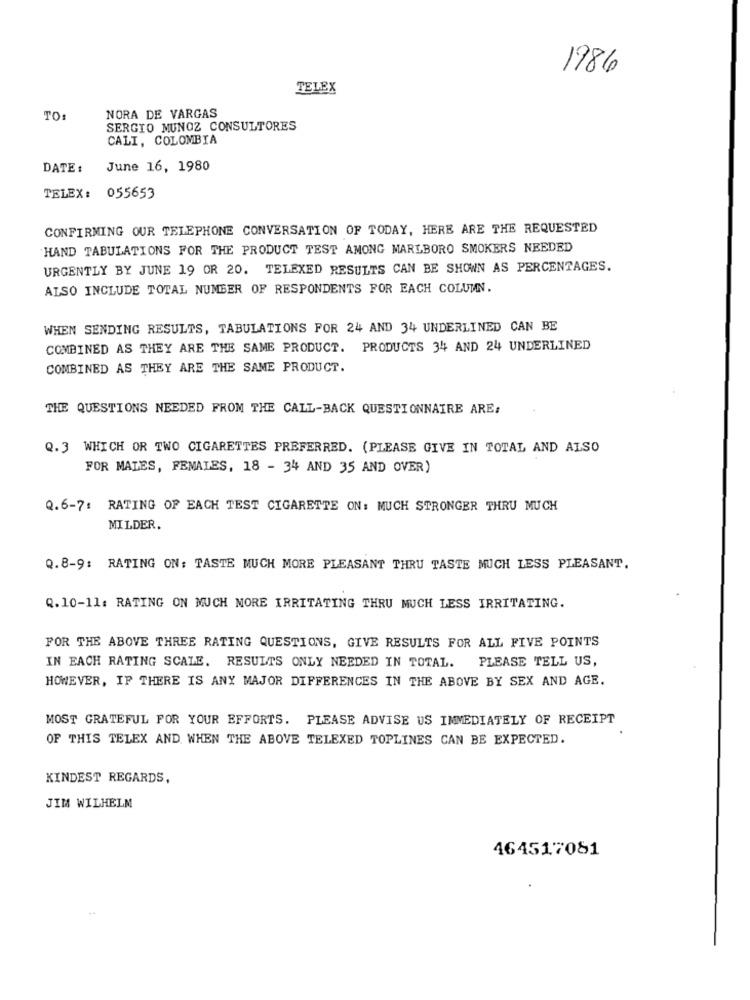
1986
TELEX
NORA DE VARGAS
TO:
SERGIO MUNOZ CONSULTORES
CALI, COLOMBIA
DATE :
June 16, 1980
TELEX: 055653
CONFIRMING OUR TELEPHONE CONVERSATION OF TODAY, HERE ARE THE REQUESTED
HAND TABULATIONS FOR THE PRODUCT TEST AMONG MARLBORO SMOKERS NEEDED
URGENTLY BY JUNE 19 OR 20. TELEXED RESULTS CAN BE SHOWN AS PERCENTAGES.
ALSO INCLUDE TOTAL NUMBER OF RESPONDENTS FOR EACH COLUMN.
WHEN SENDING RESULTS, TABULATIONS FOR 24 AND 34 UNDERLINED CAN BE
COMBINED AS THEY ARE THE SAME PRODUCT. PRODUCTS 34 AND 24 UNDERLINED
COMBINED AS THEY ARE THE SAME PRODUCT.
THE QUESTIONS NEEDED FROM THE CALL-BACK QUESTIONNAIRE ARE:
Q.3 WHICH OR TWO CIGARETTES PREFERRED. (PLEASE GIVE IN TOTAL AND ALSO
FOR MALES, FEMALES, 18 - 34 AND 35 AND OVER)
Q.6-7: RATING OF EACH TEST CIGARETTE ON: MUCH STRONGER THRU MUCH
MILDER.
Q.8-9: RATING ON: TASTE MUCH MORE PLEASANT THRU TASTE MUCH LESS PLEASANT.
Q.10-11: RATING ON MUCH MORE IRRITATING THRU MUCH LESS IRRITATING.
FOR THE ABOVE THREE RATING QUESTIONS, GIVE RESULTS FOR ALL FIVE POINTS
IN EACH RATING SCALE. RESULTS ONLY NEEDED IN TOTAL.
PLEASE TELL US,
HOWEVER, IF THERE IS ANY MAJOR DIFFERENCES IN THE ABOVE BY SEX AND AGE.
MOST GRATEFUL FOR YOUR EFFORTS. PLEASE ADVISE US IMMEDIATELY OF RECEIPT
OF THIS TELEX AND WHEN THE ABOVE TELEXED TOPLINES CAN BE EXPECTED.
KINDEST REGARDS,
JIM WILHELM
464517081